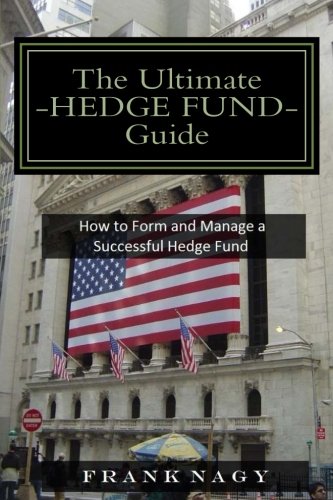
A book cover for The Ultimate Hedge Fund Guide: How to Form and Manage a Successful Hedge Fund; Frank Nagy; Business & Money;